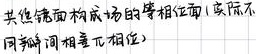
共焦镜面构成场的等相位面(实际不
同轴向同相无相位)